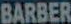
BARBER